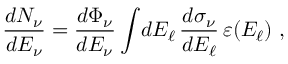
\frac { d N _ { \nu } } { d E _ { \nu } } = \frac { d \Phi _ { \nu } } { d E _ { \nu } } \int \! d E _ { \ell } \, \frac { d \sigma _ { \nu } } { d E _ { \ell } } \, \varepsilon ( E _ { \ell } ) \ ,